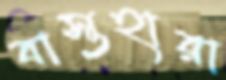
বাস্তুহারা